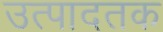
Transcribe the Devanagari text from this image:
उत्पादतक